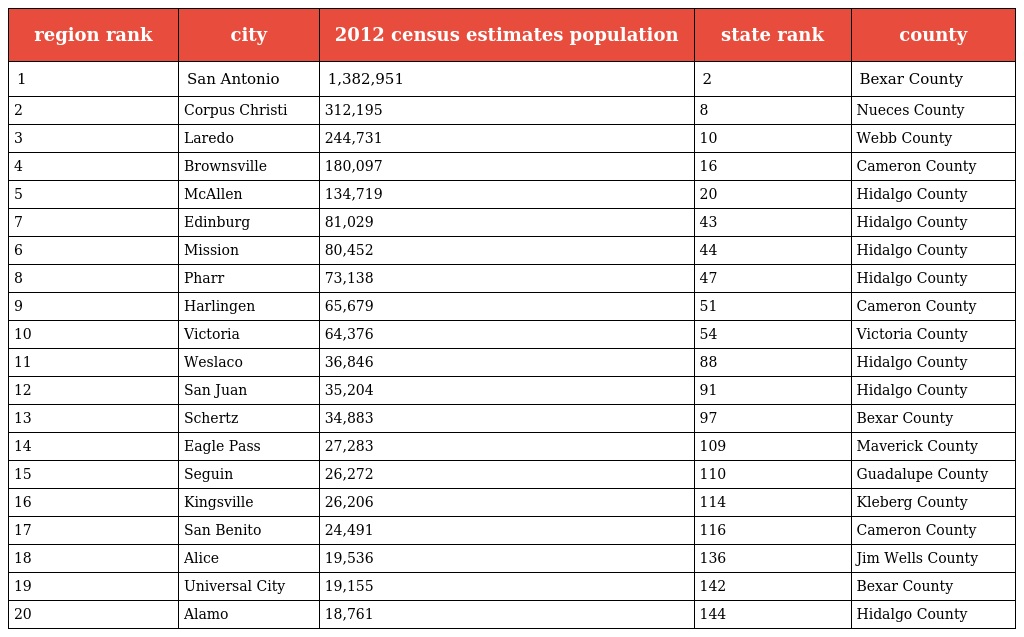
| region rank | city | 2012 census estimates population | state rank | county |
 | --- | --- | --- | --- | --- |
 | 1 | San Antonio | 1,382,951 | 2 | Bexar County |
 | 2 | Corpus Christi | 312,195 | 8 | Nueces County |
 | 3 | Laredo | 244,731 | 10 | Webb County |
 | 4 | Brownsville | 180,097 | 16 | Cameron County |
 | 5 | McAllen | 134,719 | 20 | Hidalgo County |
 | 7 | Edinburg | 81,029 | 43 | Hidalgo County |
 | 6 | Mission | 80,452 | 44 | Hidalgo County |
 | 8 | Pharr | 73,138 | 47 | Hidalgo County |
 | 9 | Harlingen | 65,679 | 51 | Cameron County |
 | 10 | Victoria | 64,376 | 54 | Victoria County |
 | 11 | Weslaco | 36,846 | 88 | Hidalgo County |
 | 12 | San Juan | 35,204 | 91 | Hidalgo County |
 | 13 | Schertz | 34,883 | 97 | Bexar County |
 | 14 | Eagle Pass | 27,283 | 109 | Maverick County |
 | 15 | Seguin | 26,272 | 110 | Guadalupe County |
 | 16 | Kingsville | 26,206 | 114 | Kleberg County |
 | 17 | San Benito | 24,491 | 116 | Cameron County |
 | 18 | Alice | 19,536 | 136 | Jim Wells County |
 | 19 | Universal City | 19,155 | 142 | Bexar County |
 | 20 | Alamo | 18,761 | 144 | Hidalgo County |